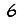
Digit: 6